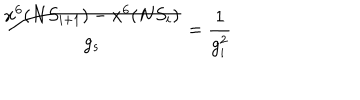
\frac { x ^ { 6 } ( N S _ { i + 1 } ) - x ^ { 6 } ( N S _ { i } ) } { g _ { s } } = \frac { 1 } { g _ { i } ^ { 2 } }